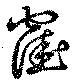
窪